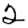
Digit: 2